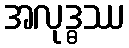
အလုဒ္ဓဿ